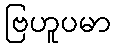
ဗြဟူပမာ